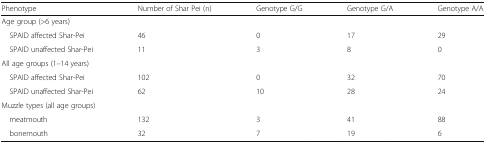
<table><thead><tr><td><b>Phenotype</b></td><td><b>Number of Shar Pei (n)</b></td><td><b>Genotype G/G</b></td><td><b>Genotype G/A</b></td><td><b>Genotype A/A</b></td></tr></thead><tbody><tr><td colspan="5">Age group (&gt;6 years)</td></tr><tr><td> SPAID affected Shar-Pei</td><td>46</td><td>0</td><td>17</td><td>29</td></tr><tr><td> SPAID unaffected Shar-Pei</td><td>11</td><td>3</td><td>8</td><td>0</td></tr><tr><td colspan="5">All age groups (1–14 years)</td></tr><tr><td> SPAID affected Shar-Pei</td><td>102</td><td>0</td><td>32</td><td>70</td></tr><tr><td> SPAID unaffected Shar-Pei</td><td>62</td><td>10</td><td>28</td><td>24</td></tr><tr><td colspan="5">Muzzle types (all age groups)</td></tr><tr><td> meatmouth</td><td>132</td><td>3</td><td>41</td><td>88</td></tr><tr><td> bonemouth</td><td>32</td><td>7</td><td>19</td><td>6</td></tr></tbody></table>